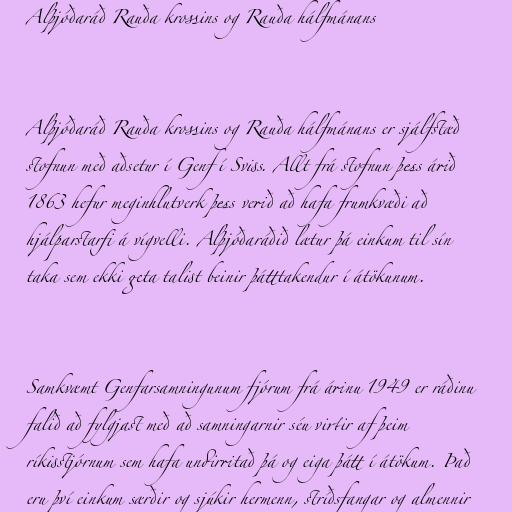
Alþjóðaráð Rauða krossins og Rauða hálfmánans

Alþjóðaráð Rauða krossins og Rauða hálfmánans er sjálfstæð
stofnun með aðsetur í Genf í Sviss. Allt frá stofnun þess árið
1863 hefur meginhlutverk þess verið að hafa frumkvæði að
hjálparstarfi á vígvelli. Alþjóðaráðið lætur þá einkum til sín
taka sem ekki geta talist beinir þátttakendur í átökunum.

Samkvæmt Genfarsamningunum fjórum frá árinu 1949 er ráðinu
falið að fylgjast með að samningarnir séu virtir af þeim
ríkisstjórnum sem hafa undirritað þá og eiga þátt í átökum. Það
eru því einkum særðir og sjúkir hermenn, stríðsfangar og almennir